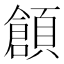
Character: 𲊶